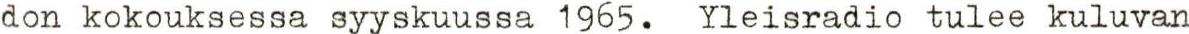
don kokouksessa syyskuussa 1965. Yleisradio tulee kuluvan